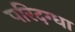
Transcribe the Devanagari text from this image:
परिदग्धा